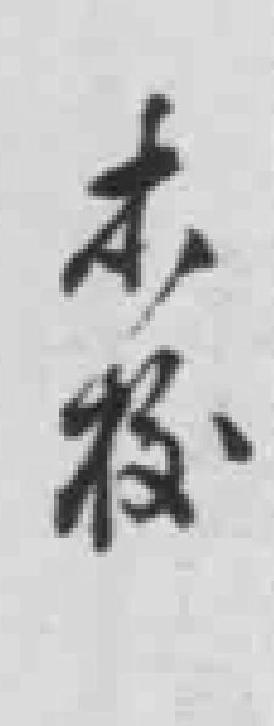
本校